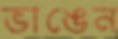
ভাঙেন